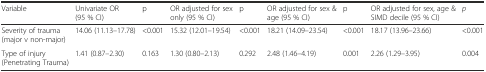
| Variable | Univariate OR (95 % CI) | p | OR adjusted for sex only (95 % CI) | p | OR adjusted for sex & age (95 % CI) | p | OR adjusted for sex, age & SIMD decile (95 % CI) | p |
 | --- | --- | --- | --- | --- | --- | --- | --- | --- |
 | Severity of trauma (major v non-major) | 14.06 (11.13–17.78) | <0.001 | 15.32 (12.01–19.54) | <0.001 | 18.21 (14.09–23.54) | <0.001 | 18.17 (13.96–23.66) | <0.001 |
 | Type of injury (Penetrating Trauma) | 1.41 (0.87–2.30) | 0.163 | 1.30 (0.80–2.13) | 0.292 | 2.48 (1.46–4.19) | 0.001 | 2.26 (1.29–3.95) | 0.004 |